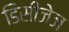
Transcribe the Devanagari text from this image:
डिसीजेज